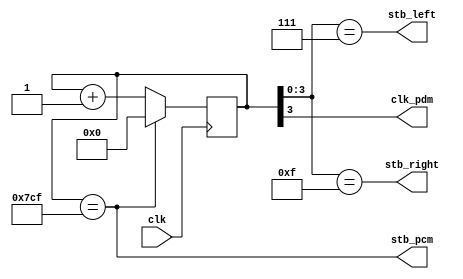

`default_nettype none



module audio_clk_gen(
   input clk,
   output clk_pdm,
   output stb_pcm,
   output stb_left,
   output stb_right
);

	reg [10:0] cnt = 0;

   assign clk_pdm = cnt[3];
   assign stb_left = cnt[3:0] == 7;
   assign stb_right = cnt[3:0] == 15;
   assign stb_pcm = cnt == 1999;

	always @(posedge clk)
	begin
      cnt <= cnt + 1;
      if (stb_pcm)
         cnt <= 0;
	end

endmodule

// Four stage CIC filter integrators

module cic_integrator(
   input clk,
   input stb_sample,
   input din,
   output signed [23:0] out
);
   reg signed [23:0] e[0:3];
   assign out = e[3];

   initial begin
      e[0] = 0;
      e[1] = 0;
      e[2] = 0;
      e[3] = 0;
   end

   always @(posedge clk)
   begin
      if(stb_sample) begin
         e[0] <= e[0] + (din ? 24'd1 : -24'd1);
         e[1] <= e[1] + e[0];
         e[2] <= e[2] + e[1];
         e[3] <= e[3] + e[2];
      end
   end

endmodule


module audio_filter(
   input clk,
   input stb_start,
   output reg busy,
   input [9:0] addr_start,
   input [23:0] din,
   output reg signed [15:0] out,
   output reg rd_en, output reg [9:0] rd_addr, input [23:0] rd_data,
   output reg wr_en, output reg [9:0] wr_addr, output reg [23:0] wr_data
);

   // four stage comb filter and down converter

   reg signed [23:0] ra, rb, rc;
   reg [3:0] state = 0;
   reg [9:0] addr = 0;
   reg [1:0] stage = 0;

   initial begin
      busy = 0;
      rd_en = 0;
      wr_en = 0;
      out = 0;
      ra = 0;
      rb = 0;
      rc = 0;
   end

   always @(posedge clk)
   begin

      state <= state + 1;
      case (state)

         // Wait for start
         0: begin
            if (stb_start) begin
               rb <= din;
               addr <= addr_start;
               stage <= 0;
               state <= 1;
               busy <= 1;
            end else begin
               state <= 0;
            end
         end

         // Differentiator for each stage
         1: begin
            rd_addr <= addr;
            rd_en <= 1;
         end
         2: begin
            // wait for rd_data valid
         end
         3: begin
            ra <= rd_data;
            rd_en <= 0;
            wr_addr <= addr;
            wr_data <= rb;
            wr_en <= 1;
         end
         4: begin
            wr_en <= 0;
            rb <= ra - rb;
            addr <= addr + 1;
            stage <= stage + 1;
            if (stage == 3)
               state <= 5;
            else
               state <= 1;
         end

         // DC bias removal
         5: begin
            rd_addr <= addr;
            rd_en <= 1;
         end
         6: begin
            // wait for rd_data valid
         end
         7: begin
            ra <= rd_data;
            rd_en <= 0;
         end
         8: begin
            rb <= (rb >>> 8);
         end
         9: begin
            rb <= rb + ra;
         end
         10: begin
            rc <= rb[15] ? -4 : +4;
         end
         11: begin
            ra <= ra - rc;
         end
         12: begin
            wr_addr <= addr;
            wr_data <= ra;
            wr_en <= 1;
         end
         13: begin
            wr_en <= 0;
         end

         14: begin
            out <= rb[15:0];
            state <= 0;
            busy <= 0;
         end
      endcase
   end

endmodule


// vi: ft=verilog ts=3 sw=3 et